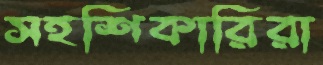
সহশিকারিরা